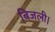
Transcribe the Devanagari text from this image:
बिजली।